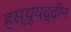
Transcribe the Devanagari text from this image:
हस्युयद्दीन